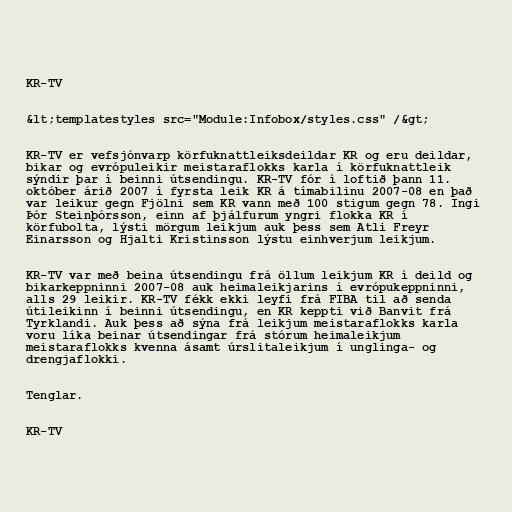
KR-TV

&lt;templatestyles src="Module:Infobox/styles.css" /&gt;

KR-TV er vefsjónvarp körfuknattleiksdeildar KR og eru deildar,
bikar og evrópuleikir meistaraflokks karla í körfuknattleik
sýndir þar í beinni útsendingu. KR-TV fór í loftið þann 11.
október árið 2007 í fyrsta leik KR á tímabilinu 2007-08 en það
var leikur gegn Fjölni sem KR vann með 100 stigum gegn 78. Ingi
Þór Steinþórsson, einn af þjálfurum yngri flokka KR í
körfubolta, lýsti mörgum leikjum auk þess sem Atli Freyr
Einarsson og Hjalti Kristinsson lýstu einhverjum leikjum.

KR-TV var með beina útsendingu frá öllum leikjum KR í deild og
bikarkeppninni 2007-08 auk heimaleikjarins í evrópukeppninni,
alls 29 leikir. KR-TV fékk ekki leyfi frá FIBA til að senda
útileikinn í beinni útsendingu, en KR keppti við Banvit frá
Tyrklandi. Auk þess að sýna frá leikjum meistaraflokks karla
voru líka beinar útsendingar frá stórum heimaleikjum
meistaraflokks kvenna ásamt úrslitaleikjum í unglinga- og
drengjaflokki.

Tenglar.

KR-TV